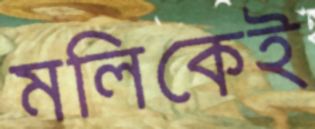
মলিকেই